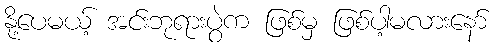
နို့ပေမယ့် အင်းဘုရားပွဲက ဖြစ်မှ ဖြစ်ပါ့မလားနော်